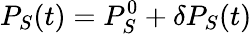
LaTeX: P_{S}(t)=P_{S}^{0}+\delta P_{S}(t)